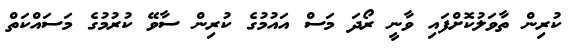
ކުރިން ތާވަލުކޮށްފައި ވާނީ ރޯދަ މަސް އައުމުގެ ކުރިން ސާވޭ ކުރުމުގެ މަސައްކަތް